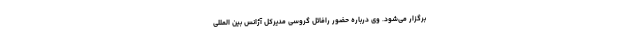
برگزار می‌شود. وی درباره حضور رافائل گروسی مدیرکل آژانس بین المللی